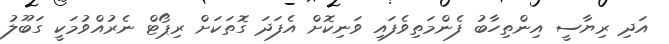
އަދި ރިޔާސީ އިންތިހާބު ފެންމަތިވެފައި ވަނިކޮށް އެފަދަ ގޮތަކަށް ރިޕޯޓް ނެރުއްވުމަކީ ގަބޫލު